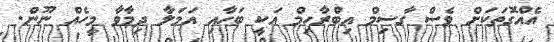
އެއްގޮތަަކަށް ވެސް ގާސިމް އިބްރާހިމް އަކީ ބަހާއި އަމަލާ ދިމާވާ މީހެއް ނޫން.